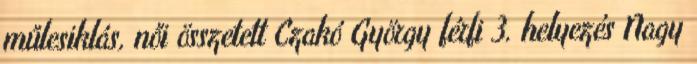
műlesiklás, női összetett Czakó György férfi 3. helyezés Nagy